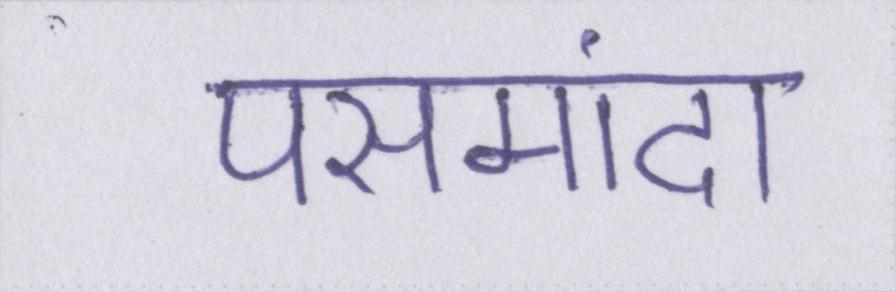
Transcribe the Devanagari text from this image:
पसमांदा